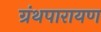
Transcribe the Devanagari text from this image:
ग्रंथपारायण